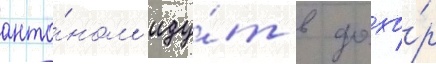
анто́ном иду́т в дозо́р